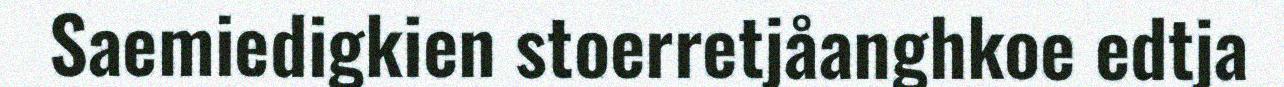
Saemiedigkien stoerretjåanghkoe edtja